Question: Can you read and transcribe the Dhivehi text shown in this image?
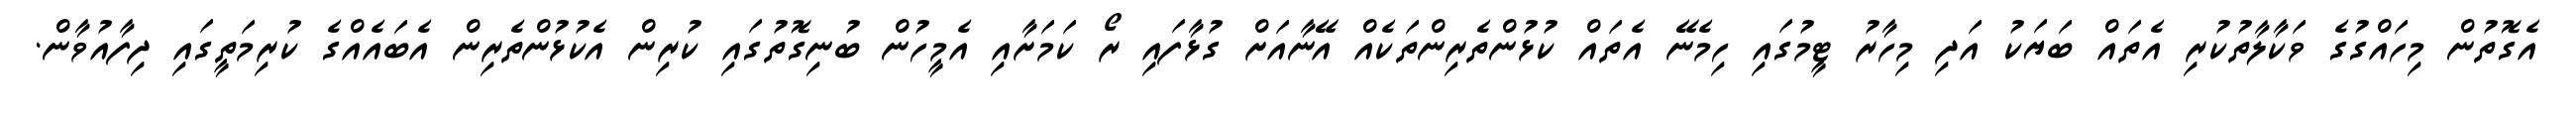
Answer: އެގޮތުން މިހައްގުގެ ވަކާލާތުކުރި އެތައް ބަޔަކު އަދި މިހާރު ޓީމުގައި ހިމެނޭ އެތައް ކުޅުންތެރިންތަކެއް އޭނާއަށް ގުޅާފައި ރޯ ކަމަށާއި އެމީހުން ބުނިގޮތުގައި ކުރިން އެކުޅުންތެރިން އެބައެއްގެ ކުރިމަތީގައި ދިފާއުވާން.